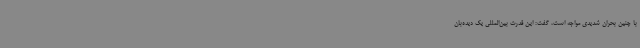
با چنین بحران شدیدی مواجه است، گفت: این قدرت بین‌المللی یک دیده‌بان